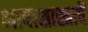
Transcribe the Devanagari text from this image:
भाषाशास्त्राचें